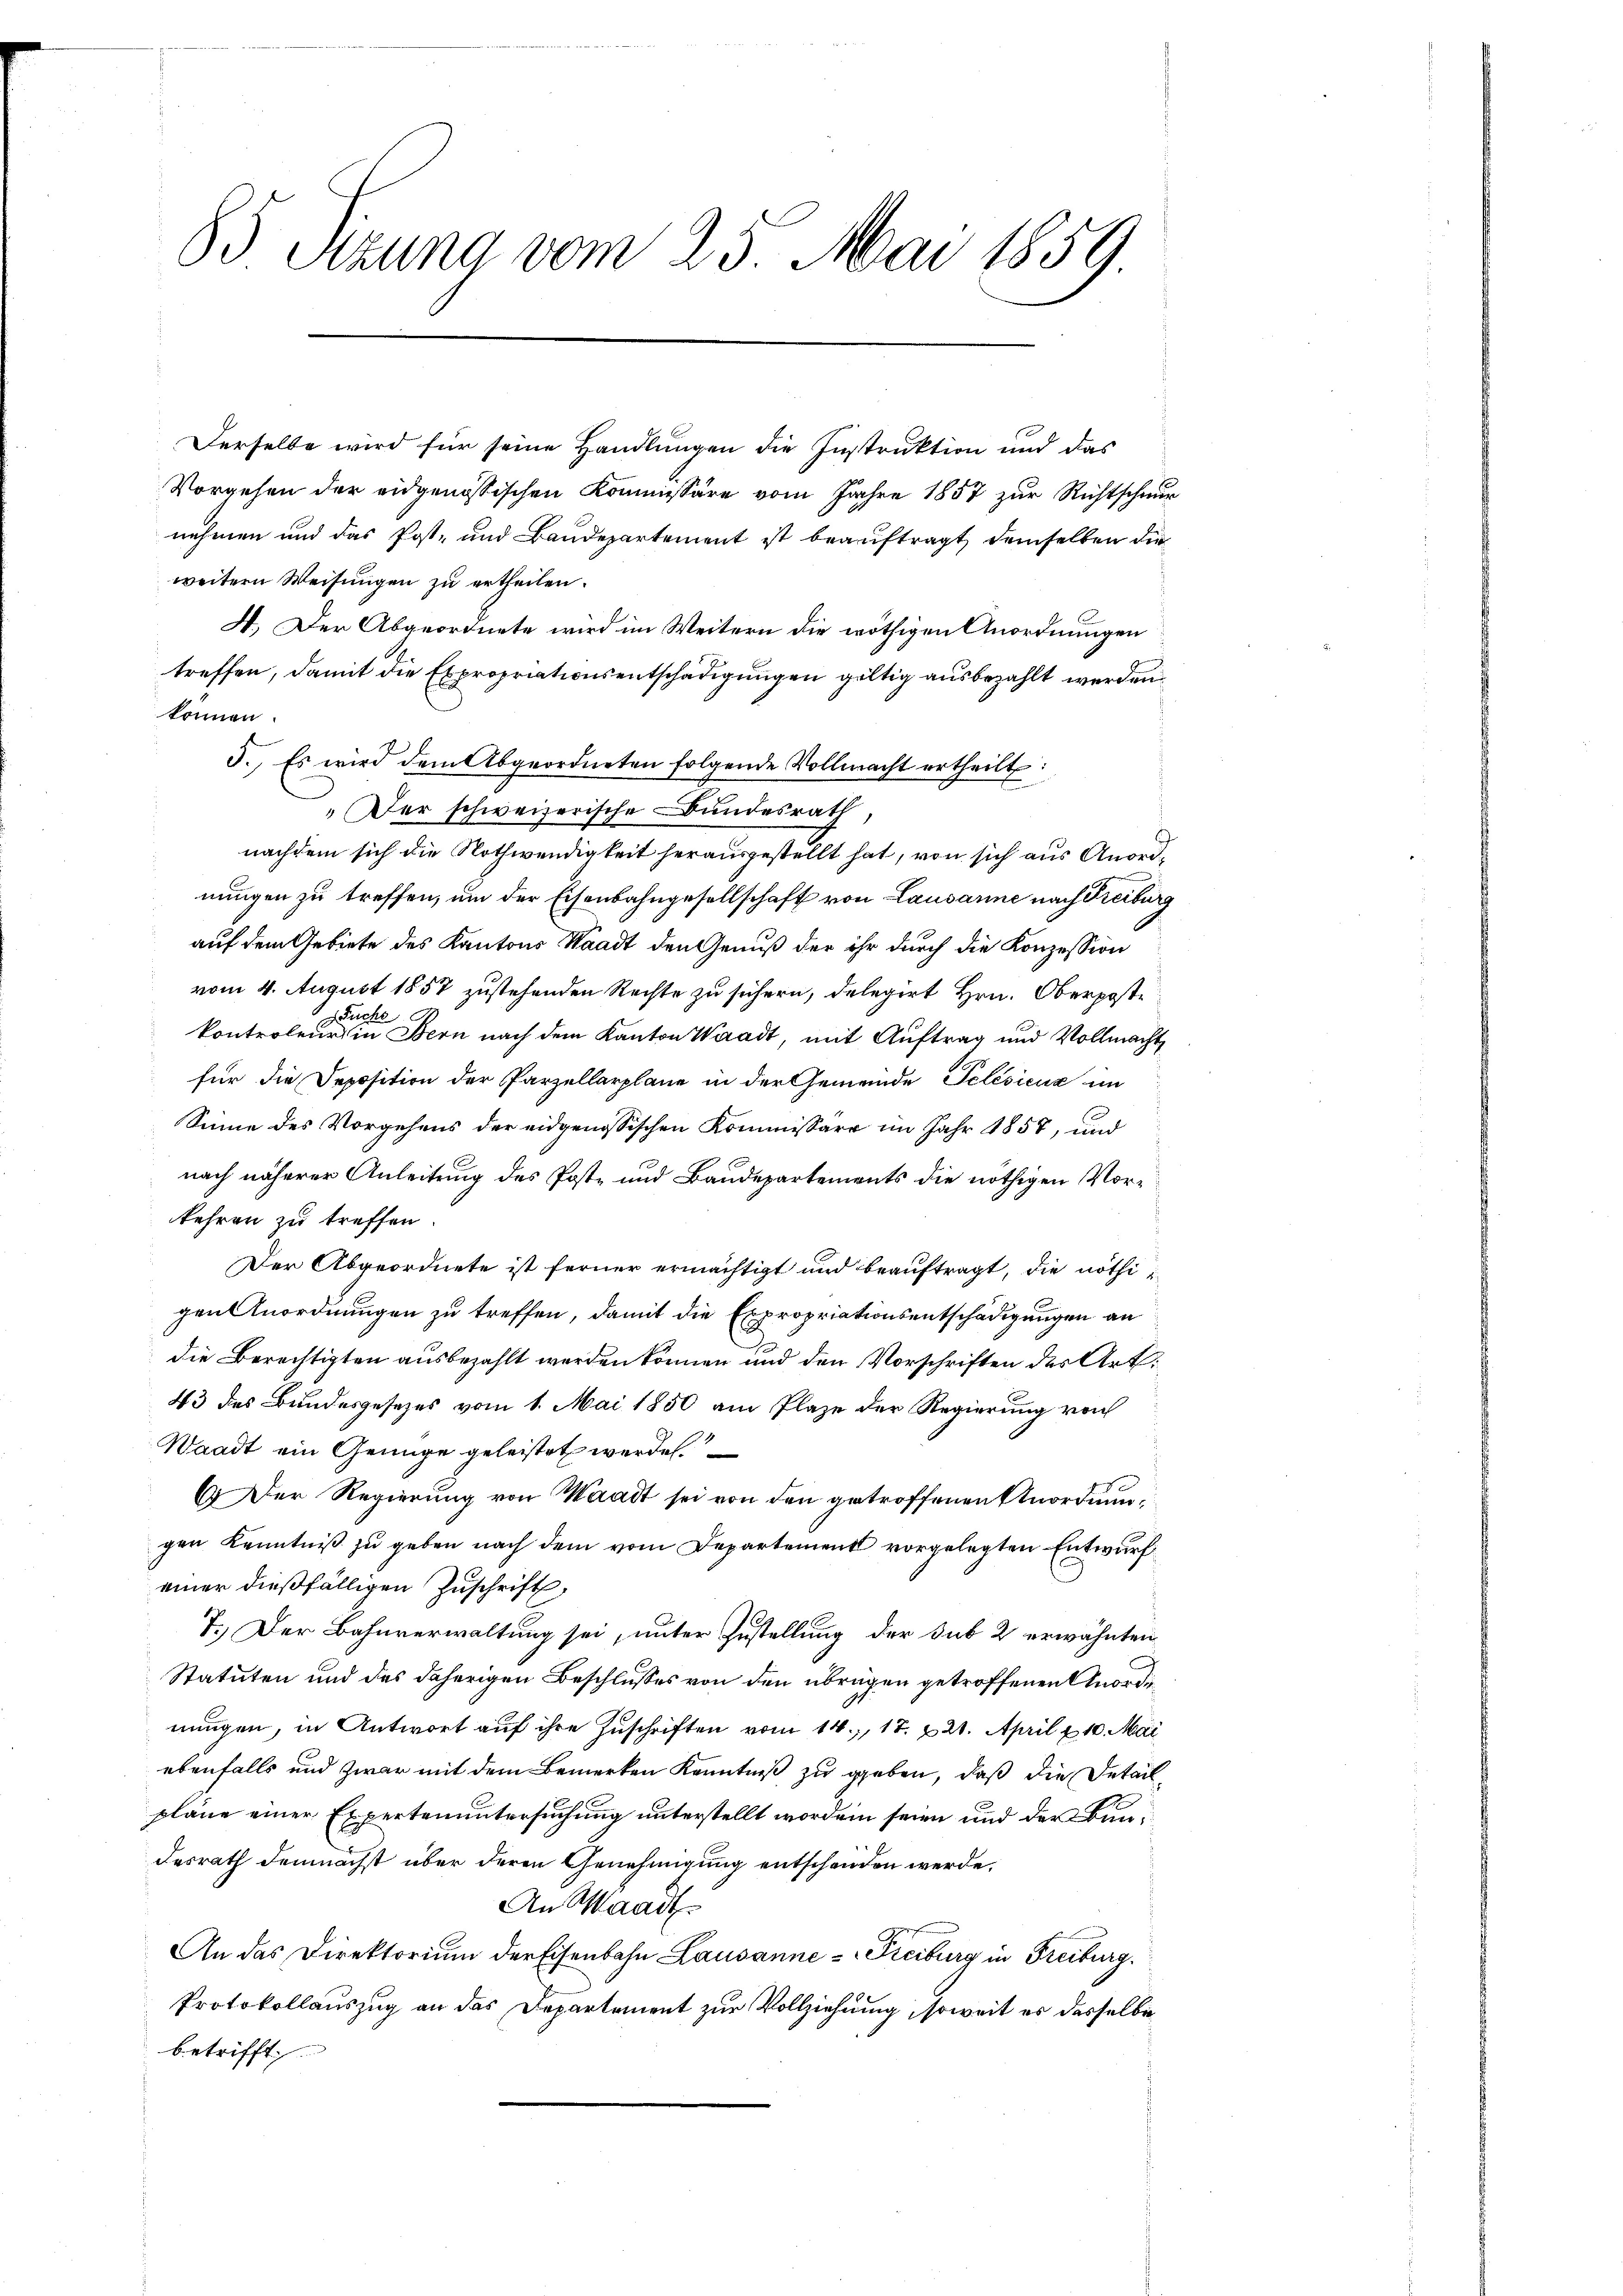
83 Sitzung vom 23. Mai 1859

Derselbe wird für seine Handlungen die Instruktion und das
Vorgehen der eidgenössischen Kommissäre vom Jahre 1857 zur Richtschmi
nehmen und das Post- und Baudepartement ist beauftragt, demselben die
weitern Weisungen zu ertheilen.
4. Der Abgeordnete wird im Weitern die nöthigen Anordnungen
treffen, damit die Expropriationsentschädigungen gültig ausbezahlt werden
können.
3. Es wird dem Abgeordneten folgende Vollmacht ertheilt:
"Der schweizerische Bundesrath
nachdem sich die Nothwendigkeit herausgestellt hat, von sich aus Anordnungen zu treffen, um der Eisenbahngesellschaft von Lausanne nach Treibur
auf dem Gebiete des Kantons Waadt den Genuß der ihr durch die Konzession
vom 4. August 1857 zustehenden Rechte zu sichern, delegirt Hrn. Oberpost¬
 Fuchs
2
kontroleurs in Bern nach dem Kanton Waadt, mit Auftrag und Vollmacht,
für die Deposition der Parzellarplane in der Gemeinde Pelésicus im
Sinne des Vorgehens der eidgenössischen Kommissäre im Jahr 1857, und
nach näherer Anleitung des Poste und Baudepartements die nöthigen Vorkehren zu treffen.
Der Abgeordnete ist ferner ermächtigt und beauftragt, die nöthigen Anordnungen zu treffen, damit die Expropriationsentschädigungen an
die Berechtigten ausbezahlt werden können und den Vorschriften des Art.
43 des Bundesgesezes vom 1. Mai 1850 am Plaze der Regierung von
Waadt ein Genüge geleistet werden.
G. Der Regierung von Waadt sei von den getroffenen Anordnungen Kenntniß zu geben nach dem vom Departement vorgelegten Entwurf
einer dießfälligen Zuschrift,
7.) Der Bahnverwaltung sei, unter Zustellung der sub 2 erwähnten
Statuten und des daherigen Beschlusses von den übrigen getroffenen Anordinungen, in Antwort auf ihre Zuschriften vom 14. 17. 221. April & 10. Mai
ebenfalls und zwar mit dem Bemerken Kenntniß zu geben, daß die Detailpläne einer Expertenuntersuchung unterstellt worden seien und der Bundesrath demnächst über deren Genehmigung entschenden werde.
An Waadt
An das Direktorium der Eisenbahn Lausanne - Freiburg in Freiburg.
Protokollauszug an das Departement zur Vollziehung, soweit es dasselbe
betrifft

vo